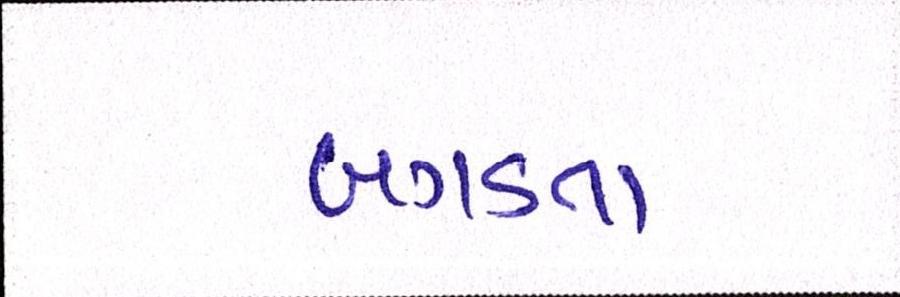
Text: બગડતા